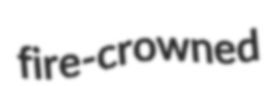
fire-crowned